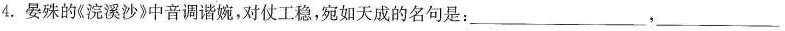
4. 晏殊的《浣溪沙》中音调谐婉，对仗工稳，宛如天成的名句是：___,___